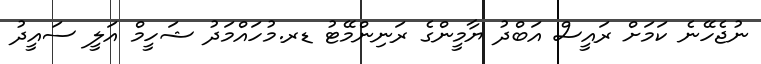
ނުޖެހޭނެ ކަމަށް ރައީސް އަބްދު ޔާމީންގެ ރަނިންމޭޓު ޑރ.މުހައްމަދު ޝަހީމް އަލީ ސައީދު